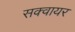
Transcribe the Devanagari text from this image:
सक्वायर